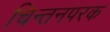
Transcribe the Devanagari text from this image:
चिन्तनपरक